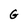
Character: G